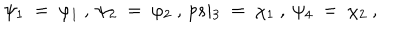
LaTeX: \psi _ { 1 } \ = \ \varphi _ { 1 } \ , \ \psi _ { 2 } \ = \ \varphi _ { 2 } \ , \, p s i _ { 3 } \ = \ \chi _ { 1 } \ , \ \psi _ { 4 } \ = \ \chi _ { 2 } \ ,